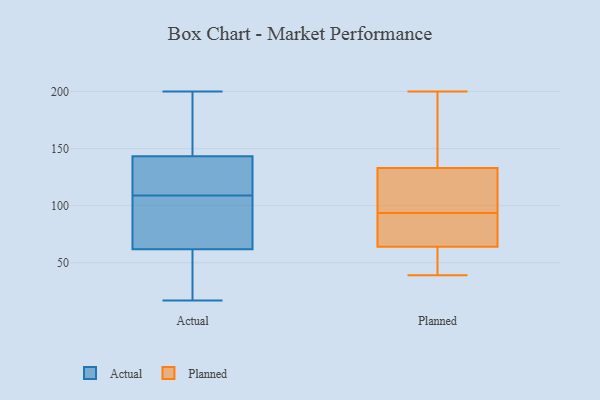
{"axis": {"x": "Website Visitors", "y": "Value"}, "legend": ["Actual", "Planned"], "data": [{"x": "", "y": 124, "type": "Actual"}, {"x": "", "y": 17, "type": "Actual"}, {"x": "", "y": 138, "type": "Actual"}, {"x": "", "y": 107, "type": "Actual"}, {"x": "", "y": 73, "type": "Actual"}, {"x": "", "y": 145, "type": "Actual"}, {"x": "", "y": 109, "type": "Actual"}, {"x": "", "y": 175, "type": "Actual"}, {"x": "", "y": 28, "type": "Actual"}, {"x": "", "y": 58, "type": "Actual"}, {"x": "", "y": 200, "type": "Actual"}, {"x": "", "y": 139, "type": "Planned"}, {"x": "", "y": 56, "type": "Planned"}, {"x": "", "y": 51, "type": "Planned"}, {"x": "", "y": 72, "type": "Planned"}, {"x": "", "y": 83, "type": "Planned"}, {"x": "", "y": 39, "type": "Planned"}, {"x": "", "y": 86, "type": "Planned"}, {"x": "", "y": 183, "type": "Planned"}, {"x": "", "y": 200, "type": "Planned"}, {"x": "", "y": 85, "type": "Planned"}, {"x": "", "y": 45, "type": "Planned"}, {"x": "", "y": 101, "type": "Planned"}, {"x": "", "y": 107, "type": "Planned"}, {"x": "", "y": 127, "type": "Planned"}, {"x": "", "y": 108, "type": "Planned"}, {"x": "", "y": 163, "type": "Planned"}]}